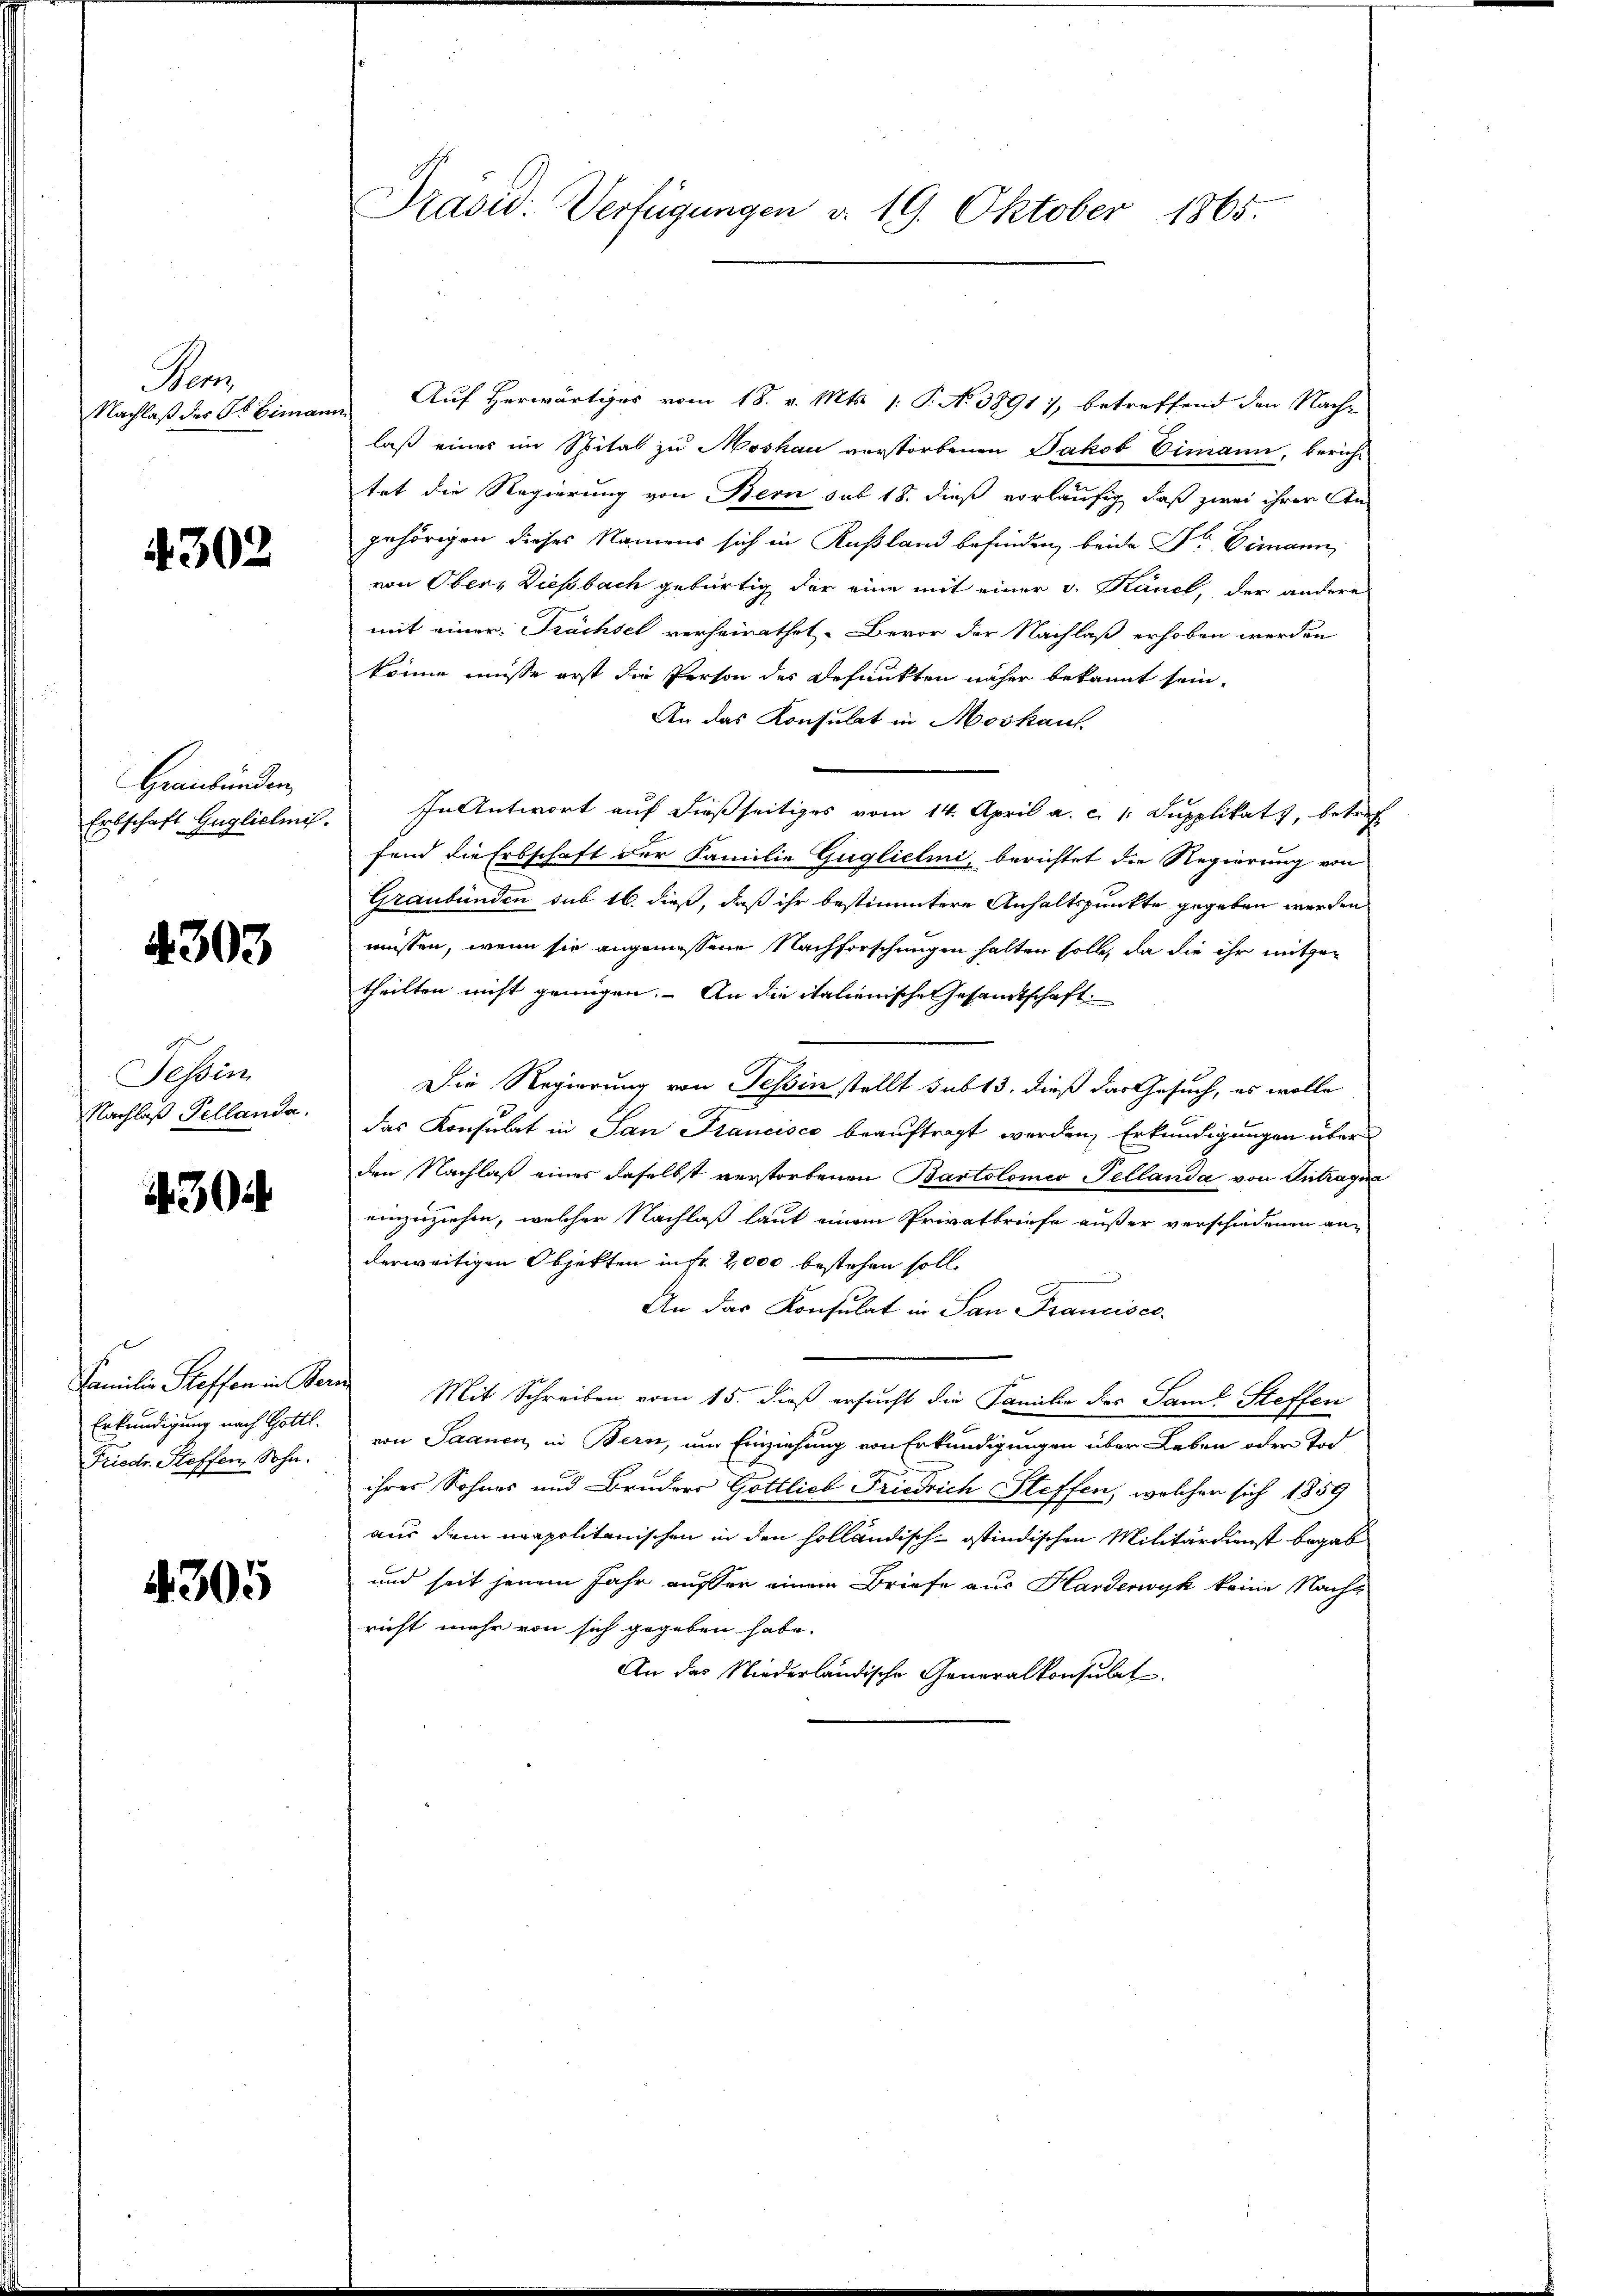
Mom

4302

Graubünden,

4303

Tessin

430

Friedr. Steffen, Sohn.

4305

Nachlaß des Primann Auf Herwärtiges vom 18. v. Mts. (: P. N. 38917, betreffend den Nach-
laß einer im Spital zu Moskau verstorbenen Jakob Eimann, bericht
tet die Regierung von Bern sub 18. dieß vorläufig, daß zwei ihrer Angehörigen dieses Namens sich in Rußland befinden, beide Dr. Demann,
von Obers Diessbach gebürtig der eine mit einer v. Känel, der andere
mit einer Trächsel verheirathet. Bevor der Nachlaß erhoben werden
könne müsse erst die Person des Defunkten näher bekannt sein.
An das Konsulat in Moskauf
Erbschaft Guglichnis. In Antwort auf dießseitiges vom 14. April a. c. 1. Supplikats, betref
fend die Erbschaft der Familie Gugliclini, berichtet die Regierung von
Graubünden sub 16. dieß, daß ihr bestimmtere Anhaltspunkte gegeben werden
müssen, wenn sie angemessene Nachforschungen halten solle, da die ihr mitgetheilten nicht genügen. An die italienische Gesamtschaft
Die Regierung von Tessin stellt sub 13. dieß das Gesuch, es wolle
Nachlaß Pellanda. Das Konsulat in San Francisco beauftragt werden, Erkundigungen über
den Nachlaß eines daselbst verstorbenen Bartolomico Pellanda von Intragna
einzuziehen, welcher Nachlaß laut einem Privatbriefe außer verschiedenen anderweitigen Objekten in fr. 2000 bestehen soll.
An das Konsulat in San Francisco
Familie Steffen in Bern Mit Schreiben vom 15. dieß ersucht die Familie des Sande Steffen
Erkundigung nach Gottl. von Saanen, in Bern, um Einziehung von Erkundigungen über Leben oder Tod
ihres Sohnes und Bruders Gottlieb Friedrich Steffen, welcher sich 1859
aus dem neapolitanischen in den holländisch-östindischen Militärdienst begab
und seit jenem Jahr ausser einem Briefe aus Harderwyk keine Nachricht mehr von sich gegeben habe.
An das Niederländische Generalkonsulat

Präsid. Verfügungen d. 19. Oktober 1865.